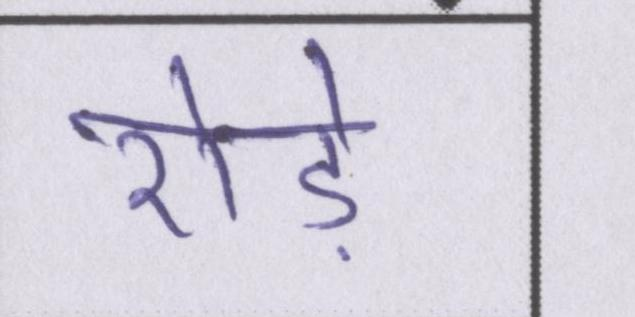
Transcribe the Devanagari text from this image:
रोड़े